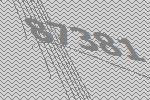
87381